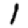
Digit: 1